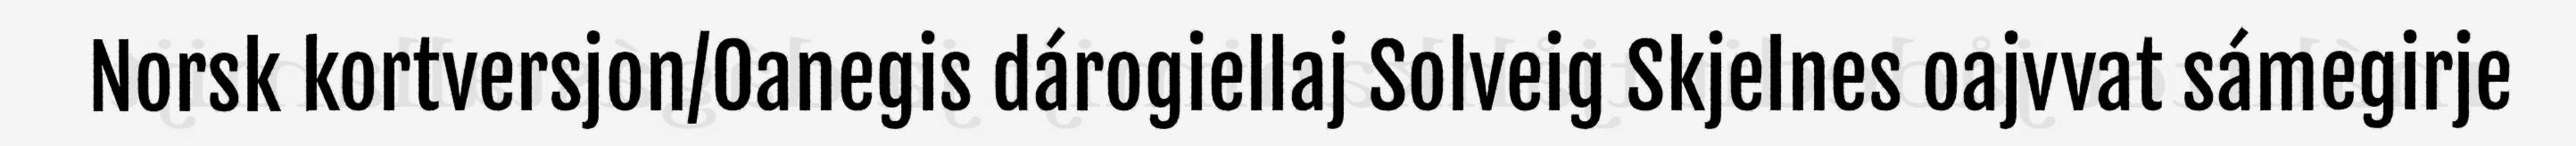
Norsk kortversjon/Oanegis dárogiellaj Solveig Skjelnes oajvvat sámegirje